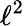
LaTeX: \ell^{2}